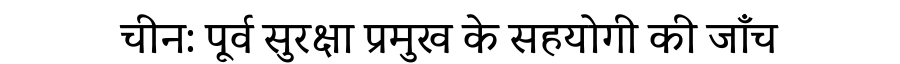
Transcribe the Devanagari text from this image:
चीन: पूर्व सुरक्षा प्रमुख के सहयोगी की जाँच